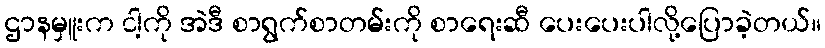
ဌာနမှူးက ငါ့ကို အဲဒီ စာရွက်စာတမ်းကို စာရေးဆီ ပေးပေးပါလို့ပြောခဲ့တယ်။